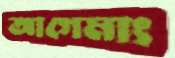
আগেমাং